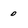
Character: 0